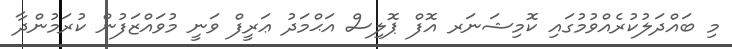
މި ބައްދަލުކުރެއްވުމުގައި ކޮމިޝަނަރ އޮފް ޕޮލިސް އަޙްމަދު ޢަރީފް ވަނީ މުވައްޒަފުން ކުރަމުންދާ